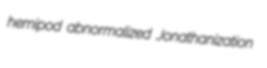
hemipod abnormalized Jonathanization